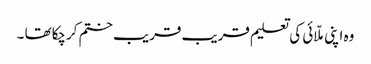
وہ اپنی ملّائی کی تعلیم قریب قریب ختم کرچکاتھا ۔